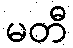
မတီ